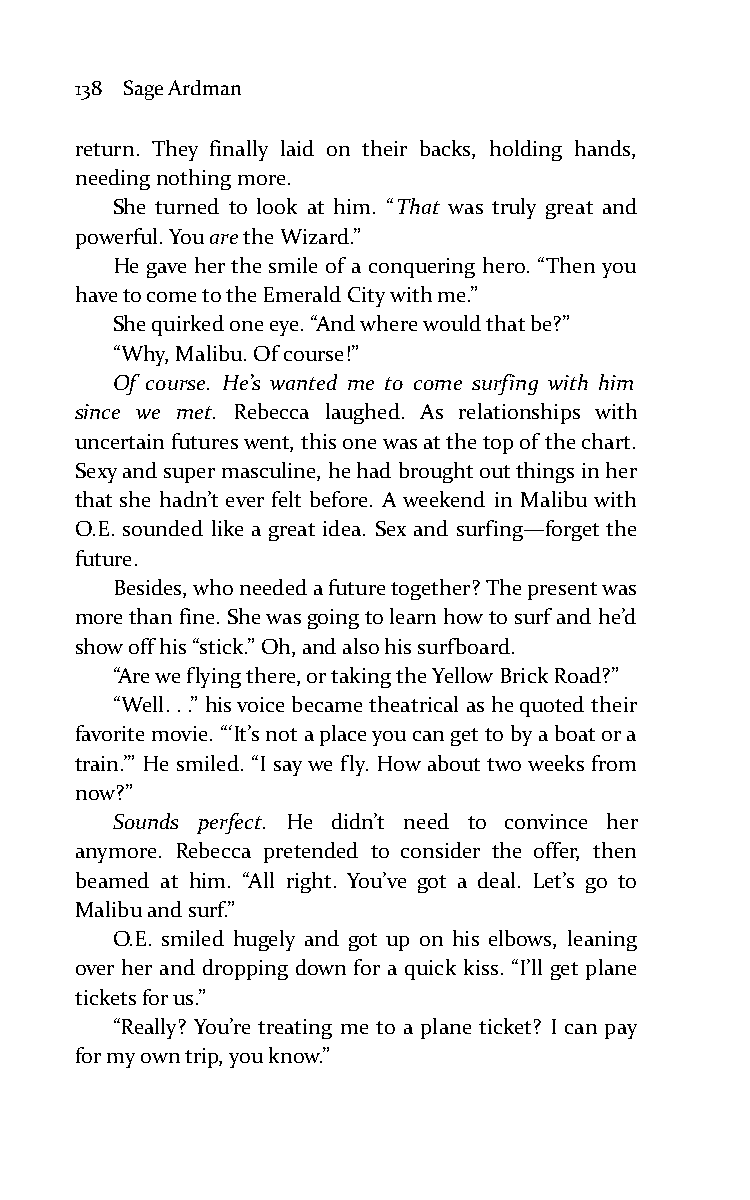
138 Sage Ardman
 return. They finally laid on their backs, holding hands,
 needing nothing more.
 She turned to look at him. “That was truly great and
 powerful. You are the Wizard.”
 He gave her the smile of a conquering hero. “Then you
 have to come to the Emerald City with me.”
 She quirked one eye. “And where would that be?”
 “Why, Malibu. Of course!”
 Of course. He’s wanted me to come surfing with him
 since we met. Rebecca laughed. As relationships with
 uncertain futures went, this one was at the top of the chart.
 Sexy and super masculine, he had brought out things in her
 that she hadn’t ever felt before. A weekend in Malibu with
 O.E. sounded like a great idea. Sex and surfing—forget the
 future.
 Besides, who needed a future together? The present was
 more than fine. She was going to learn how to surf and he’d
 show off his “stick.” Oh, and also his surfboard.
 “Are we flying there, or taking the Yellow Brick Road?”
 “Well. . .” his voice became theatrical as he quoted their
 favorite movie. “‘It’s not a place you can get to by a boat or a
 train.’” He smiled. “I say we fly. How about two weeks from
 now?”
 Sounds perfect. He didn’t need to convince her
 anymore. Rebecca pretended to consider the offer, then
 beamed at him. “All right. You’ve got a deal. Let’s go to
 Malibu and surf.”
 O.E. smiled hugely and got up on his elbows, leaning
 over her and dropping down for a quick kiss. “I’ll get plane
 tickets for us.”
 “Really? You’re treating me to a plane ticket? I can pay
 for my own trip, you know.”